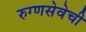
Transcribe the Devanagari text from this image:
रुग्णसेवेची